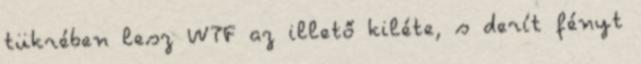
tükrében lesz WTF az illető kiléte, s derít fényt